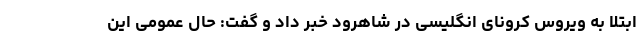
ابتلا به ویروس کرونای انگلیسی در شاهرود خبر داد و گفت: حال عمومی این